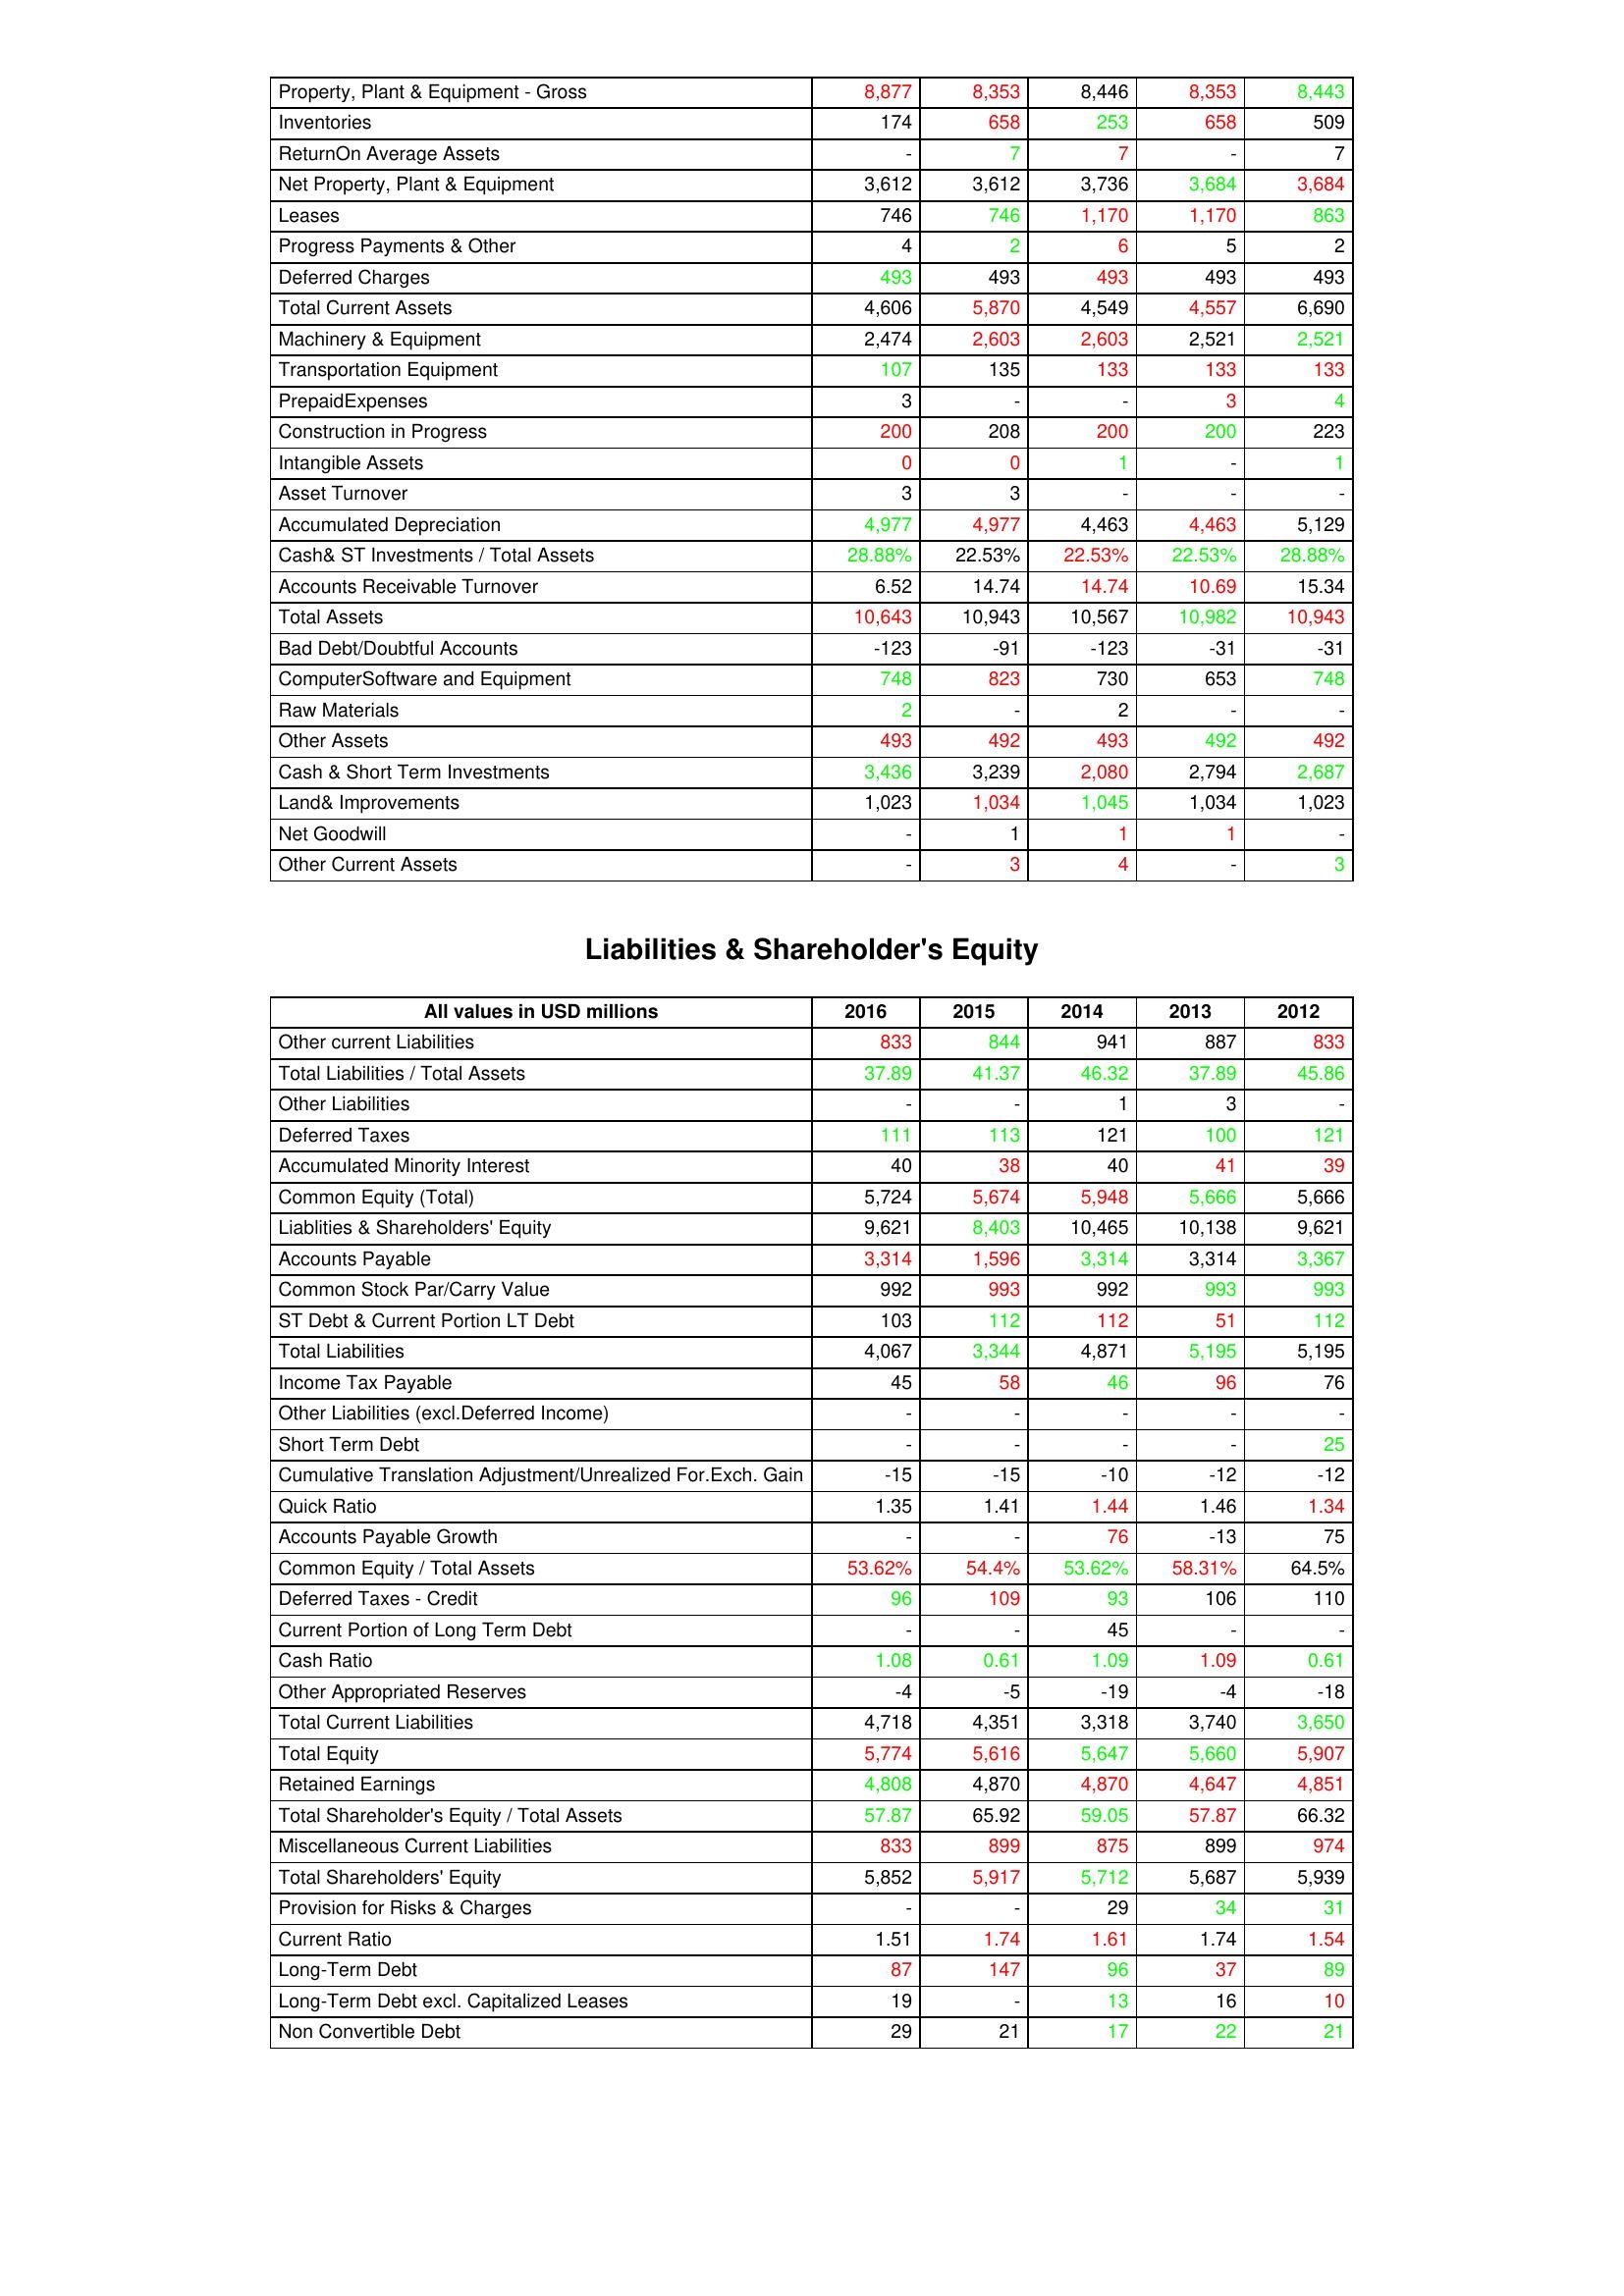
gt_parse: 2016: Assets: Property, Plant & Equipment - Gross : 8,877
Inventories: 174
ReturnOn Average Assets: -
Net Property, Plant & Equipment: 3,612
Leases: 746
Progress Payments & Other: 4
Deferred Charges: 493
Total Current Assets: 4,606
Machinery & Equipment: 2,474
Transportation Equipment: 107
PrepaidExpenses: 3
Construction in Progress: 200
Intangible Assets: 0
Asset Turnover: 3
Accumulated Depreciation: 4,977
Cash& ST Investments / Total Assets: 28.88%
Accounts Receivable Turnover: 6.52
Total Assets: 10,643
Bad Debt/Doubtful Accounts: -123
ComputerSoftware and Equipment: 748
Raw Materials: 2
Other Assets: 493
Cash & Short Term Investments: 3,436
Land& Improvements: 1,023
Net Goodwill: -
Other Current Assets: -
Liabilities & Shareholder's Equity: Other current Liabilities: 833
Total Liabilities / Total Assets: 37.89
Other Liabilities: -
Deferred Taxes: 111
Accumulated Minority Interest: 40
Common Equity (Total): 5,724
Liablities & Shareholders' Equity: 9,621
Accounts Payable: 3,314
Common Stock Par/Carry Value: 992
ST Debt & Current Portion LT Debt: 103
Total Liabilities: 4,067
Income Tax Payable: 45
Other Liabilities (excl.Deferred Income): -
Short Term Debt: -
Cumulative Translation Adjustment/Unrealized For.Exch. Gain: -15
Quick Ratio: 1.35
Accounts Payable Growth: -
Common Equity / Total Assets: 53.62%
Deferred Taxes - Credit: 96
Current Portion of Long Term Debt: -
Cash Ratio: 1.08
Other Appropriated Reserves: -4
Total Current Liabilities: 4,718
Total Equity: 5,774
Retained Earnings: 4,808
Total Shareholder's Equity / Total Assets: 57.87
Miscellaneous Current Liabilities: 833
Total Shareholders' Equity: 5,852
Provision for Risks & Charges: -
Current Ratio: 1.51
Long-Term Debt: 87
Long-Term Debt excl. Capitalized Leases: 19
Non Convertible Debt: 29
2015: Assets: Property, Plant & Equipment - Gross : 8,353
Inventories: 658
ReturnOn Average Assets: 7
Net Property, Plant & Equipment: 3,612
Leases: 746
Progress Payments & Other: 2
Deferred Charges: 493
Total Current Assets: 5,870
Machinery & Equipment: 2,603
Transportation Equipment: 135
PrepaidExpenses: -
Construction in Progress: 208
Intangible Assets: 0
Asset Turnover: 3
Accumulated Depreciation: 4,977
Cash& ST Investments / Total Assets: 22.53%
Accounts Receivable Turnover: 14.74
Total Assets: 10,943
Bad Debt/Doubtful Accounts: -91
ComputerSoftware and Equipment: 823
Raw Materials: -
Other Assets: 492
Cash & Short Term Investments: 3,239
Land& Improvements: 1,034
Net Goodwill: 1
Other Current Assets: 3
Liabilities & Shareholder's Equity: Other current Liabilities: 844
Total Liabilities / Total Assets: 41.37
Other Liabilities: -
Deferred Taxes: 113
Accumulated Minority Interest: 38
Common Equity (Total): 5,674
Liablities & Shareholders' Equity: 8,403
Accounts Payable: 1,596
Common Stock Par/Carry Value: 993
ST Debt & Current Portion LT Debt: 112
Total Liabilities: 3,344
Income Tax Payable: 58
Other Liabilities (excl.Deferred Income): -
Short Term Debt: -
Cumulative Translation Adjustment/Unrealized For.Exch. Gain: -15
Quick Ratio: 1.41
Accounts Payable Growth: -
Common Equity / Total Assets: 54.4%
Deferred Taxes - Credit: 109
Current Portion of Long Term Debt: -
Cash Ratio: 0.61
Other Appropriated Reserves: -5
Total Current Liabilities: 4,351
Total Equity: 5,616
Retained Earnings: 4,870
Total Shareholder's Equity / Total Assets: 65.92
Miscellaneous Current Liabilities: 899
Total Shareholders' Equity: 5,917
Provision for Risks & Charges: -
Current Ratio: 1.74
Long-Term Debt: 147
Long-Term Debt excl. Capitalized Leases: -
Non Convertible Debt: 21
2014: Assets: Property, Plant & Equipment - Gross : 8,446
Inventories: 253
ReturnOn Average Assets: 7
Net Property, Plant & Equipment: 3,736
Leases: 1,170
Progress Payments & Other: 6
Deferred Charges: 493
Total Current Assets: 4,549
Machinery & Equipment: 2,603
Transportation Equipment: 133
PrepaidExpenses: -
Construction in Progress: 200
Intangible Assets: 1
Asset Turnover: -
Accumulated Depreciation: 4,463
Cash& ST Investments / Total Assets: 22.53%
Accounts Receivable Turnover: 14.74
Total Assets: 10,567
Bad Debt/Doubtful Accounts: -123
ComputerSoftware and Equipment: 730
Raw Materials: 2
Other Assets: 493
Cash & Short Term Investments: 2,080
Land& Improvements: 1,045
Net Goodwill: 1
Other Current Assets: 4
Liabilities & Shareholder's Equity: Other current Liabilities: 941
Total Liabilities / Total Assets: 46.32
Other Liabilities: 1
Deferred Taxes: 121
Accumulated Minority Interest: 40
Common Equity (Total): 5,948
Liablities & Shareholders' Equity: 10,465
Accounts Payable: 3,314
Common Stock Par/Carry Value: 992
ST Debt & Current Portion LT Debt: 112
Total Liabilities: 4,871
Income Tax Payable: 46
Other Liabilities (excl.Deferred Income): -
Short Term Debt: -
Cumulative Translation Adjustment/Unrealized For.Exch. Gain: -10
Quick Ratio: 1.44
Accounts Payable Growth: 76
Common Equity / Total Assets: 53.62%
Deferred Taxes - Credit: 93
Current Portion of Long Term Debt: 45
Cash Ratio: 1.09
Other Appropriated Reserves: -19
Total Current Liabilities: 3,318
Total Equity: 5,647
Retained Earnings: 4,870
Total Shareholder's Equity / Total Assets: 59.05
Miscellaneous Current Liabilities: 875
Total Shareholders' Equity: 5,712
Provision for Risks & Charges: 29
Current Ratio: 1.61
Long-Term Debt: 96
Long-Term Debt excl. Capitalized Leases: 13
Non Convertible Debt: 17
2013: Assets: Property, Plant & Equipment - Gross : 8,353
Inventories: 658
ReturnOn Average Assets: -
Net Property, Plant & Equipment: 3,684
Leases: 1,170
Progress Payments & Other: 5
Deferred Charges: 493
Total Current Assets: 4,557
Machinery & Equipment: 2,521
Transportation Equipment: 133
PrepaidExpenses: 3
Construction in Progress: 200
Intangible Assets: -
Asset Turnover: -
Accumulated Depreciation: 4,463
Cash& ST Investments / Total Assets: 22.53%
Accounts Receivable Turnover: 10.69
Total Assets: 10,982
Bad Debt/Doubtful Accounts: -31
ComputerSoftware and Equipment: 653
Raw Materials: -
Other Assets: 492
Cash & Short Term Investments: 2,794
Land& Improvements: 1,034
Net Goodwill: 1
Other Current Assets: -
Liabilities & Shareholder's Equity: Other current Liabilities: 887
Total Liabilities / Total Assets: 37.89
Other Liabilities: 3
Deferred Taxes: 100
Accumulated Minority Interest: 41
Common Equity (Total): 5,666
Liablities & Shareholders' Equity: 10,138
Accounts Payable: 3,314
Common Stock Par/Carry Value: 993
ST Debt & Current Portion LT Debt: 51
Total Liabilities: 5,195
Income Tax Payable: 96
Other Liabilities (excl.Deferred Income): -
Short Term Debt: -
Cumulative Translation Adjustment/Unrealized For.Exch. Gain: -12
Quick Ratio: 1.46
Accounts Payable Growth: -13
Common Equity / Total Assets: 58.31%
Deferred Taxes - Credit: 106
Current Portion of Long Term Debt: -
Cash Ratio: 1.09
Other Appropriated Reserves: -4
Total Current Liabilities: 3,740
Total Equity: 5,660
Retained Earnings: 4,647
Total Shareholder's Equity / Total Assets: 57.87
Miscellaneous Current Liabilities: 899
Total Shareholders' Equity: 5,687
Provision for Risks & Charges: 34
Current Ratio: 1.74
Long-Term Debt: 37
Long-Term Debt excl. Capitalized Leases: 16
Non Convertible Debt: 22
2012: Assets: Property, Plant & Equipment - Gross : 8,443
Inventories: 509
ReturnOn Average Assets: 7
Net Property, Plant & Equipment: 3,684
Leases: 863
Progress Payments & Other: 2
Deferred Charges: 493
Total Current Assets: 6,690
Machinery & Equipment: 2,521
Transportation Equipment: 133
PrepaidExpenses: 4
Construction in Progress: 223
Intangible Assets: 1
Asset Turnover: -
Accumulated Depreciation: 5,129
Cash& ST Investments / Total Assets: 28.88%
Accounts Receivable Turnover: 15.34
Total Assets: 10,943
Bad Debt/Doubtful Accounts: -31
ComputerSoftware and Equipment: 748
Raw Materials: -
Other Assets: 492
Cash & Short Term Investments: 2,687
Land& Improvements: 1,023
Net Goodwill: -
Other Current Assets: 3
Liabilities & Shareholder's Equity: Other current Liabilities: 833
Total Liabilities / Total Assets: 45.86
Other Liabilities: -
Deferred Taxes: 121
Accumulated Minority Interest: 39
Common Equity (Total): 5,666
Liablities & Shareholders' Equity: 9,621
Accounts Payable: 3,367
Common Stock Par/Carry Value: 993
ST Debt & Current Portion LT Debt: 112
Total Liabilities: 5,195
Income Tax Payable: 76
Other Liabilities (excl.Deferred Income): -
Short Term Debt: 25
Cumulative Translation Adjustment/Unrealized For.Exch. Gain: -12
Quick Ratio: 1.34
Accounts Payable Growth: 75
Common Equity / Total Assets: 64.5%
Deferred Taxes - Credit: 110
Current Portion of Long Term Debt: -
Cash Ratio: 0.61
Other Appropriated Reserves: -18
Total Current Liabilities: 3,650
Total Equity: 5,907
Retained Earnings: 4,851
Total Shareholder's Equity / Total Assets: 66.32
Miscellaneous Current Liabilities: 974
Total Shareholders' Equity: 5,939
Provision for Risks & Charges: 31
Current Ratio: 1.54
Long-Term Debt: 89
Long-Term Debt excl. Capitalized Leases: 10
Non Convertible Debt: 21